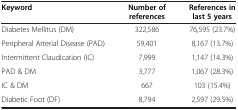
| Keyword | Number of references | References in last 5 years |
 | --- | --- | --- |
 | Diabetes Mellitus (DM) | 322,586 | 76,595 (23.7%) |
 | Peripheral Arterial Disease (PAD) | 59,401 | 8,167 (13.7%) |
 | Intermittent Claudication (IC) | 7,999 | 1,147 (14.3%) |
 | PAD & DM | 3,777 | 1,067 (28.3%) |
 | IC & DM | 667 | 103 (15.4%) |
 | Diabetic Foot (DF) | 8,794 | 2,597 (29.5%) |